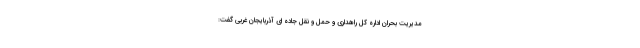
مدیریت بحران اداره کل راهداری و حمل و نقل جاده ای آذربایجان غربی گفت: